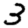
Digit: 3